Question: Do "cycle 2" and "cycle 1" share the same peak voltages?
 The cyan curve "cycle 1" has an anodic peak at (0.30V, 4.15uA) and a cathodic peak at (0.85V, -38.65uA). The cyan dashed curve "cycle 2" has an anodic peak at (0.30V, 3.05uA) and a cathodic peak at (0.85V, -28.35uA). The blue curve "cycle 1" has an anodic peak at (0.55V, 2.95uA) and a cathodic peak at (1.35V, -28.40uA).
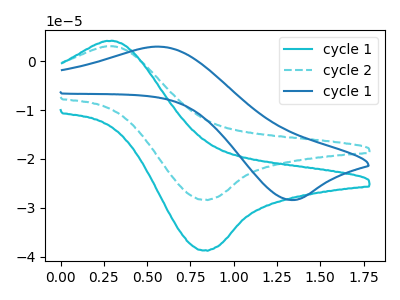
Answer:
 <answer>Yes, "cycle 2" have a peak in "cycle 1" at the same potential.</answer>
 <eval>match</eval>